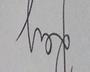
Signature authenticity: genuine